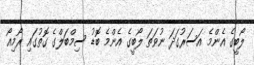
ލޯބީގެ އެންމެ އަސަރުގަދަ ނުވަތަ ލޯބީގެ އެންމެ ބޮޑު ސިމްބަލްގެ ގޮތުގައި ރޯމިއޯ